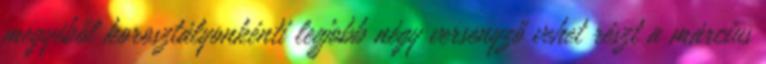
megyéből korosztályonkénti legjobb négy versenyző vehet részt a március